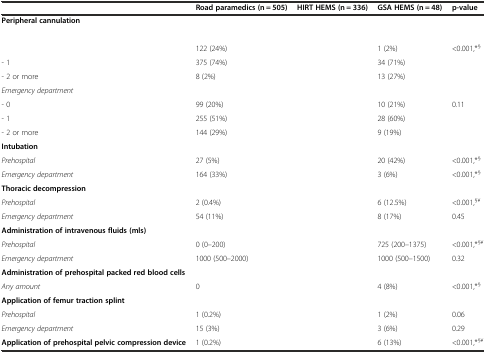
<table><thead><tr><td>[EMPTY_CELL]</td><td><b>Road paramedics (n = 505)</b></td><td><b>HIRT HEMS (n = 336)</b></td><td><b>GSA HEMS (n = 48)</b></td><td><b>p-value</b></td></tr></thead><tbody><tr><td><b>Peripheral cannulation</b></td><td>[EMPTY_CELL]</td><td>[EMPTY_CELL]</td><td>[EMPTY_CELL]</td><td>[EMPTY_CELL]</td></tr><tr><td>[EMPTY_CELL]</td><td>[EMPTY_CELL]</td><td>[EMPTY_CELL]</td><td>[EMPTY_CELL]</td><td>[EMPTY_CELL]</td></tr><tr><td>[EMPTY_CELL]</td><td>122 (24%)</td><td>[EMPTY_CELL]</td><td>1 (2%)</td><td>&lt;0.001,*<sup>§</sup></td></tr><tr><td>- 1</td><td>375 (74%)</td><td>[EMPTY_CELL]</td><td>34 (71%)</td><td>[EMPTY_CELL]</td></tr><tr><td>- 2 or more</td><td>8 (2%)</td><td>[EMPTY_CELL]</td><td>13 (27%)</td><td>[EMPTY_CELL]</td></tr><tr><td><i>Emergency department</i></td><td>[EMPTY_CELL]</td><td>[EMPTY_CELL]</td><td>[EMPTY_CELL]</td><td>[EMPTY_CELL]</td></tr><tr><td>- 0</td><td>99 (20%)</td><td>[EMPTY_CELL]</td><td>10 (21%)</td><td>0.11</td></tr><tr><td>- 1</td><td>255 (51%)</td><td>[EMPTY_CELL]</td><td>28 (60%)</td><td>[EMPTY_CELL]</td></tr><tr><td>- 2 or more</td><td>144 (29%)</td><td>[EMPTY_CELL]</td><td>9 (19%)</td><td>[EMPTY_CELL]</td></tr><tr><td><b>Intubation</b></td><td>[EMPTY_CELL]</td><td>[EMPTY_CELL]</td><td>[EMPTY_CELL]</td><td>[EMPTY_CELL]</td></tr><tr><td><i>Prehospital</i></td><td>27 (5%)</td><td>[EMPTY_CELL]</td><td>20 (42%)</td><td>&lt;0.001,*<sup>§</sup></td></tr><tr><td><i>Emergency department</i></td><td>164 (33%)</td><td>[EMPTY_CELL]</td><td>3 (6%)</td><td>&lt;0.001,*<sup>§</sup></td></tr><tr><td><b>Thoracic decompression</b></td><td>[EMPTY_CELL]</td><td>[EMPTY_CELL]</td><td>[EMPTY_CELL]</td><td>[EMPTY_CELL]</td></tr><tr><td><i>Prehospital</i></td><td>2 (0.4%)</td><td>[EMPTY_CELL]</td><td>6 (12.5%)</td><td>&lt;0.001,<sup>§</sup><sup>¥</sup></td></tr><tr><td><i>Emergency department</i></td><td>54 (11%)</td><td>[EMPTY_CELL]</td><td>8 (17%)</td><td>0.45</td></tr><tr><td><b>Administration of intravenous fluids (mls)</b></td><td>[EMPTY_CELL]</td><td>[EMPTY_CELL]</td><td>[EMPTY_CELL]</td><td>[EMPTY_CELL]</td></tr><tr><td><i>Prehospital</i></td><td>0 (0–200)</td><td>[EMPTY_CELL]</td><td>725 (200–1375)</td><td>&lt;0.001,*<sup>§</sup><sup>¥</sup></td></tr><tr><td><i>Emergency department</i></td><td>1000 (500–2000)</td><td>[EMPTY_CELL]</td><td>1000 (500–1500)</td><td>0.32</td></tr><tr><td><b>Administration of prehospital packed red blood cells</b></td><td>[EMPTY_CELL]</td><td>[EMPTY_CELL]</td><td>[EMPTY_CELL]</td><td>[EMPTY_CELL]</td></tr><tr><td><i>Any amount</i></td><td>0</td><td>[EMPTY_CELL]</td><td>4 (8%)</td><td>&lt;0.001,*<sup>§</sup></td></tr><tr><td><b>Application of femur traction splint</b></td><td>[EMPTY_CELL]</td><td>[EMPTY_CELL]</td><td>[EMPTY_CELL]</td><td>[EMPTY_CELL]</td></tr><tr><td><i>Prehospital</i></td><td>1 (0.2%)</td><td>[EMPTY_CELL]</td><td>1 (2%)</td><td>0.06</td></tr><tr><td><i>Emergency department</i></td><td>15 (3%)</td><td>[EMPTY_CELL]</td><td>3 (6%)</td><td>0.29</td></tr><tr><td><b>Application of prehospital pelvic compression device</b></td><td>1 (0.2%)</td><td>[EMPTY_CELL]</td><td>6 (13%)</td><td>&lt;0.001,*<sup>§</sup><sup>¥</sup></td></tr></tbody></table>